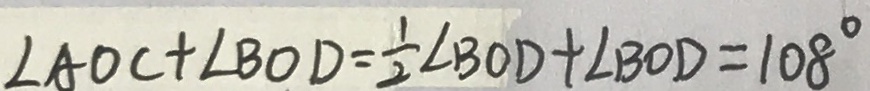
\angle A O C + \angle B O D = \frac { 1 } { 2 } \angle B O D + \angle B O D = 1 0 8 ^ { \circ }